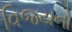
વિજયનો